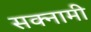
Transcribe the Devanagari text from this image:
सक्नामी